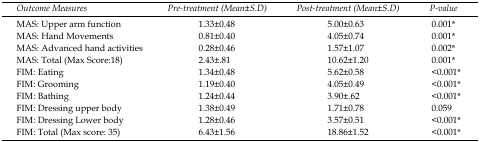
<table><thead><tr><td><b>Outcome Measures</b></td><td><b>Pre-treatment (Mean±S.D)</b></td><td><b>Post-treatment (Mean±S.D)</b></td><td><b>P-value</b></td></tr></thead><tbody><tr><td>MAS: Upper arm function</td><td>1.33±0.48</td><td>5.00±0.63</td><td>0.001*</td></tr><tr><td>MAS: Hand Movements</td><td>0.81±0.40</td><td>4.05±0.74</td><td>0.001*</td></tr><tr><td>MAS: Advanced hand activities</td><td>0.28±0.46</td><td>1.57±1.07</td><td>0.002*</td></tr><tr><td>MAS: Total (Max Score:18)</td><td>2.43±.81</td><td>10.62±1.20</td><td>0.001*</td></tr><tr><td>FIM: Eating</td><td>1.34±0.48</td><td>5.62±0.58</td><td>&lt;0.001*</td></tr><tr><td>FIM: Grooming</td><td>1.19±0.40</td><td>4.05±0.49</td><td>&lt;0.001*</td></tr><tr><td>FIM: Bathing</td><td>1.24±0.44</td><td>3.90±.62</td><td>&lt;0.001*</td></tr><tr><td>FIM: Dressing upper body</td><td>1.38±0.49</td><td>1.71±0.78</td><td>0.059</td></tr><tr><td>FIM: Dressing Lower body</td><td>1.28±0.46</td><td>3.57±0.51</td><td>&lt;0.001*</td></tr><tr><td>FIM: Total (Max score: 35)</td><td>6.43±1.56</td><td>18.86±1.52</td><td>&lt;0.001*</td></tr></tbody></table>